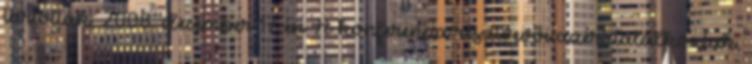
tartottak, 2008. december 17-én A konferencia résztvevői azért találkoztak,